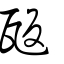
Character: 瓪